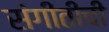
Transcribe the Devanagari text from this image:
संगीतीची